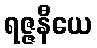
ရဇ္ဇနီယေ